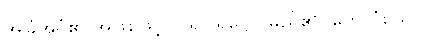
အခြံအရံ၏ အဖြစ်ဖြင့်။ ပရိဝါရဋ္ဌော၊ မည်၏။ တေသံယေဝ၊